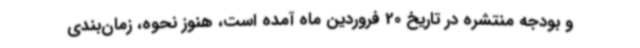
و بودجه منتشره در تاریخ 20 فروردین ماه آمده است، هنوز نحوه، زمان‌بندی